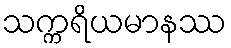
သက္ကရိယမာနဿ